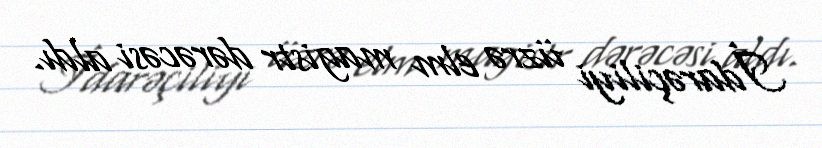
İdarəçiliyi üzrə elm magistr dərəcəsi aldı.